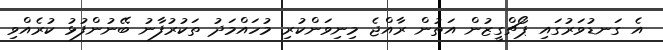
އެ ގަނޑުވަރުގައި ޕޯޗްގީޒުން އަތުން ރާއްޖެ މިނިވަންކުރި މުހައްމަދު ތަކުރުފާނު ބޭނުންފުޅު ކުރެއްވި